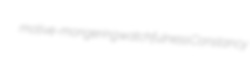
motive-mongering watchfulness Constancy